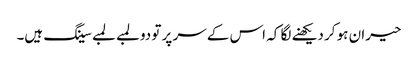
حیران ہو کر دیکھنے لگا کہ اس کے سر پر تو دو لمبے لمبے سینگ ہیں۔